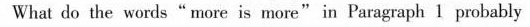
What do the words"more is more"in Paragraph 1 probably